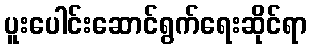
ပူးပေါင်းဆောင်ရွက်ရေးဆိုင်ရာ